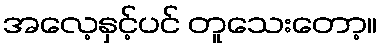
အလေ့နှင့်ပင် တူသေးတော့။